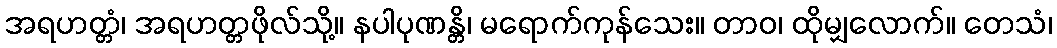
အရဟတ္တံ၊ အရဟတ္တဖိုလ်သို့။ နပါပုဏန္တိ၊ မရောက်ကုန်သေး။ တာဝ၊ ထိုမျှလောက်။ တေသံ၊